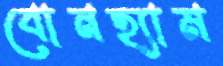
বোনহ্যাম